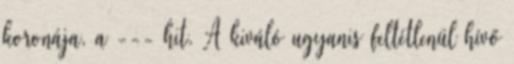
koronája, a --- hit. A kiváló ugyanis feltétlenül hívő